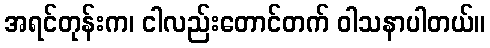
အရင်တုန်းက၊ ငါလည်းတောင်တက် ဝါသနာပါတယ်။